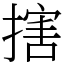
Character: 搳